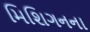
મિશિગનના